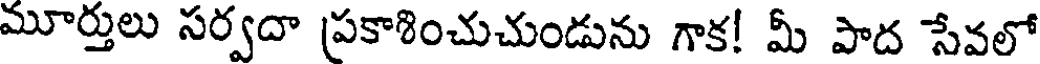
మూర్తులు సర్వదా ప్రకాశించుచుండును గాక! మీ పాద సేవలో